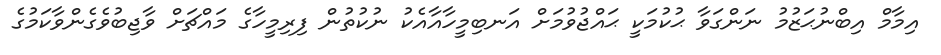
އިމާމް އިބްނުޙަޒުމު ނަންގަވާ ޙުކުމަކީ ޙައްޖުވުމަށް އަނބިމީހާއާއެކު ނުކުތުން ފިރިމީހާގެ މައްޗަށް ވާޖިބުވެގެންވާކަމުގެ